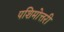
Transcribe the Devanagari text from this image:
पशिमोत्तरी